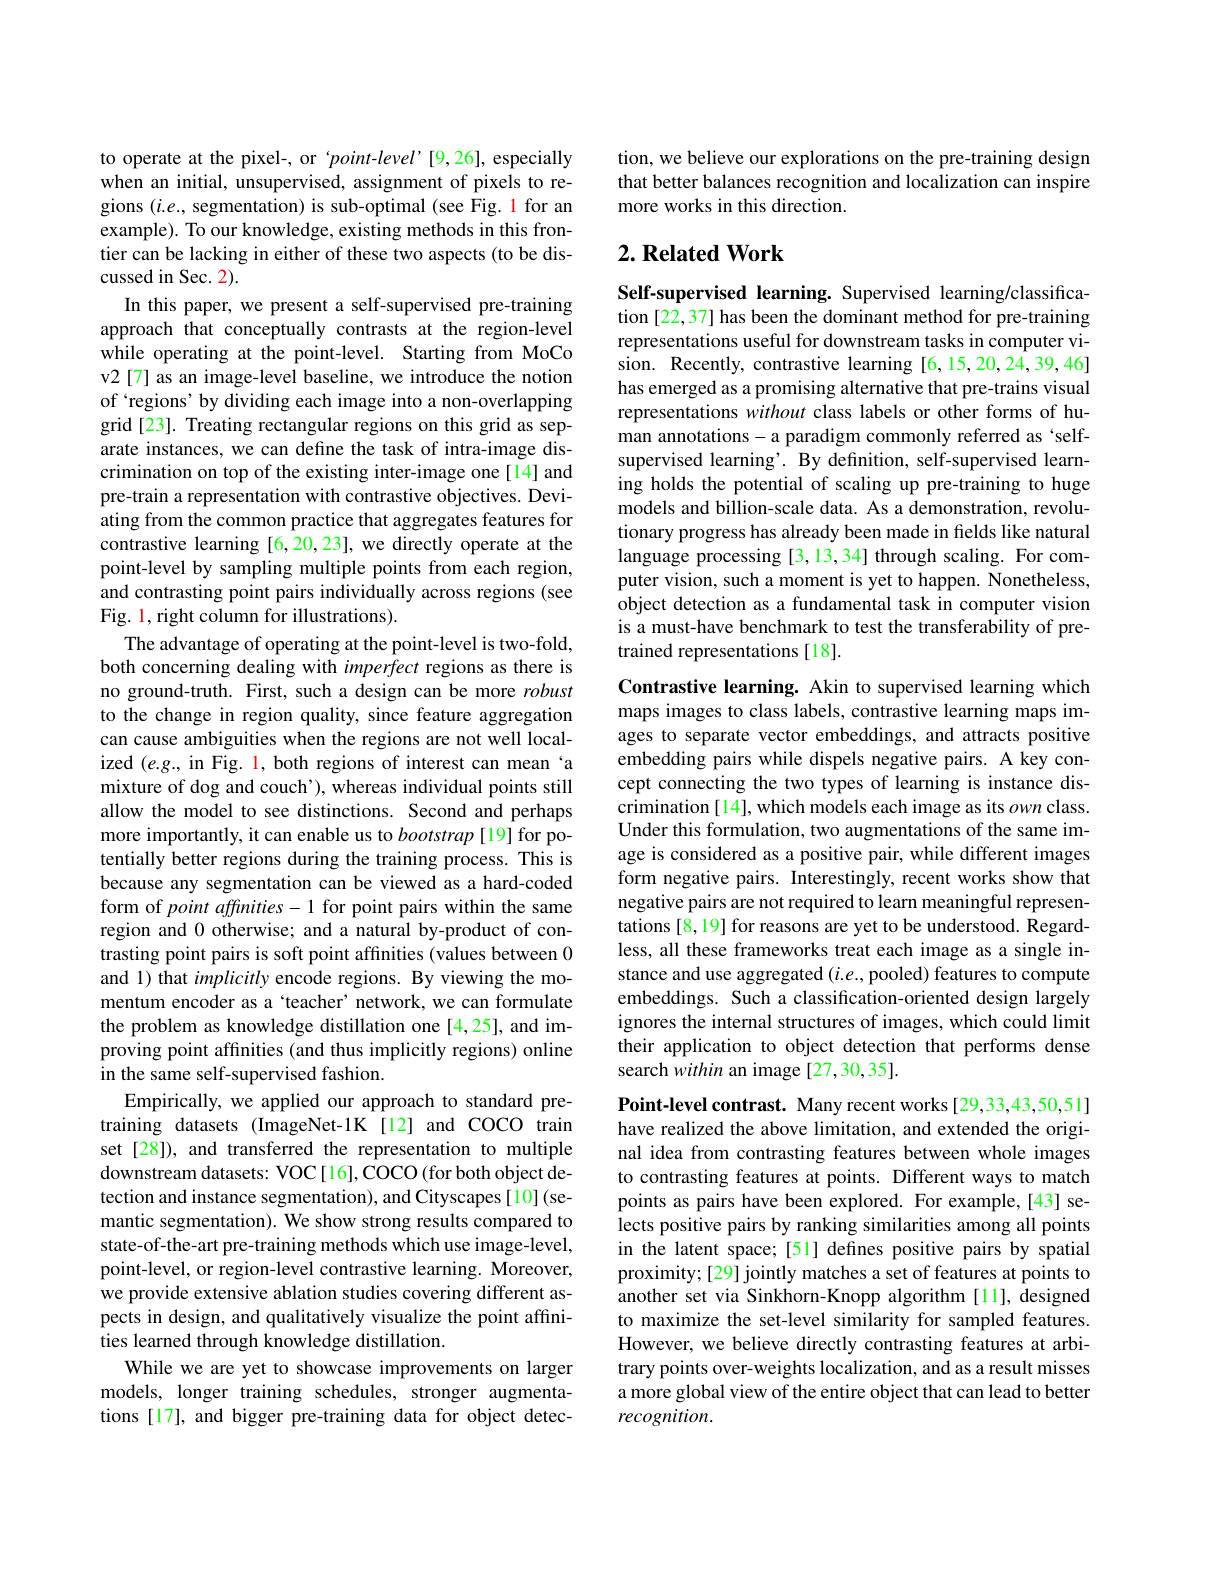
to operate at the pixel-, or 'point-level'[9,26], especially when an initial, unsupervised, assignment of pixels to regions $(i.e.$, segmentation) is sub-optimal (see Fig. 1 for an example). To our knowledge, existing methods in this frontier can be lacking in either of these two aspects (to be discussed in Sec. 2).
In this paper, we present a self-supervised pre-training approach that conceptually contrasts at the region-level while operating at the point-level. Starting from MoCo v2[7] as an image-level baseline, we introduce the notion of `regions' by dividing each image into a non-overlapping grid[23]. Treating rectangular regions on this grid as separate instances, we can define the task of intra-image discrimination on top of the existing inter-image one[14] and pre-train a representation with contrastive objectives. Deviating from the common practice that aggregates features for contrastive learning [6,20,23], we directly operate at the point-level by sampling multiple points from each region, and contrasting point pairs individually across regions (see Fig. 1, right column for illustrations).
The advantage of operating at the point-level is two-fold, both concerning dealing with imperfect regions as there is no ground-truth. First, such a design can be more robust to the change in region quality, since feature aggregation can cause ambiguities when the regions are not well localized $(e.g.$, in Fig. 1, both regions of interest can mean‘a mixture of dog and couch'), whereas individual points still allow the model to see distinctions. Second and perhaps more importantly, it can enable us to bootstrap [19]for potentially better regions during the training process. This is because any segmentation can be viewed as a hard-coded form of point affmities- 1 for point pairs within the same region and 0 otherwise; and a natural by-product of contrasting point pairs is soft point affinities (values between 0 and 1) that implicitly encode regions. By viewing the momentum encoder as a `teacher' network, we can formulate the problem as knowledge distillation one [4,25], and improving point affinities (and thus implicitly regions) online in the same self-supervised fashion.
Empirically, we applied our approach to standard pretraining datasets (ImageNet-1K [12] and COCO train set [28]), and transferred the representation to multiple downstream datasets: VOC[ 16], COCO (for both object detection and instance segmentation), and Cityscapes[10](semantic segmentation). We show strong results compared to state-of-the-art pre-training methods which use image-level, point-level, or region-level contrastive learning. Moreover, we provide extensive ablation studies covering different aspects in design, and qualitatively visualize the point affinities learned through knowledge distillation.
While we are yet to showcase improvements on larger models, longer training schedules, stronger augmentations [17], and bigger pre-training data for object detec-

tion, we believe our explorations on the pre-training design that better balances recognition and localization can inspire more works in this direction.

## $2. \textbf{ Related Work}$

Self-supervised learning. Supervised learning/classification[22,37] has been the dominant method for pre-training representations useful for downstream tasks in computer vision. Recently, contrastive learning [6,15,20,24,39,46] has emerged as a promising alternative that pre-trains visual representations without class labels or other forms of human annotations-a paradigm commonly referred as 'selfsupervised learning'. By definition, self-supervised learning holds the potential of scaling up pre-training to huge models and billion-scale data. As a demonstration, revolutionary progress has already been made in fields like natural language processing [3,13,34] through scaling. For computer vision, such a moment is yet to happen. Nonetheless, object detection as a fundamental task in computer vision is a must-have benchmark to test the transferability of pretrained representations[18].

Contrastive learning. Akin to supervised learning which maps images to class labels, contrastive learning maps images to separate vector embeddings, and attracts positive embedding pairs while dispels negative pairs. A key concept connecting the two types of learning is instance discrimination [14], which models each image as its own class. Under this formulation, two augmentations of the same image is considered as a positive pair, while different images form negative pairs. Interestingly, recent works show that negative pairs are not required to learn meaningful representations [8,19] for reasons are yet to be understood. Regardless, all these frameworks treat each image as a single instance and use aggregated $(i.e.$,pooled) features to compute embeddings. Such a classification-oriented design largely ignores the internal structures of images, which could limit their application to object detection that performs dense search within an image [27,30,35].

Point-level contrast. Many recent works[29,33,43,50,51] have realized the above limitation, and extended the original idea from contrasting features between whole images to contrasting features at points. Different ways to match points as pairs have been explored. For example,[43] selects positive pairs by ranking similarities among all points in the latent space; [51] defines positive pairs by spatial proximity; [29] jointly matches a set of features at points to another set via Sinkhorn-Knopp algorithm [11], designed to maximize the set-level similarity for sampled features. However, we believe directly contrasting features at arbitrary points over-weights localization, and as a result misses a more global view of the entire object that can lead to better recognition.